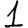
Digit: 1